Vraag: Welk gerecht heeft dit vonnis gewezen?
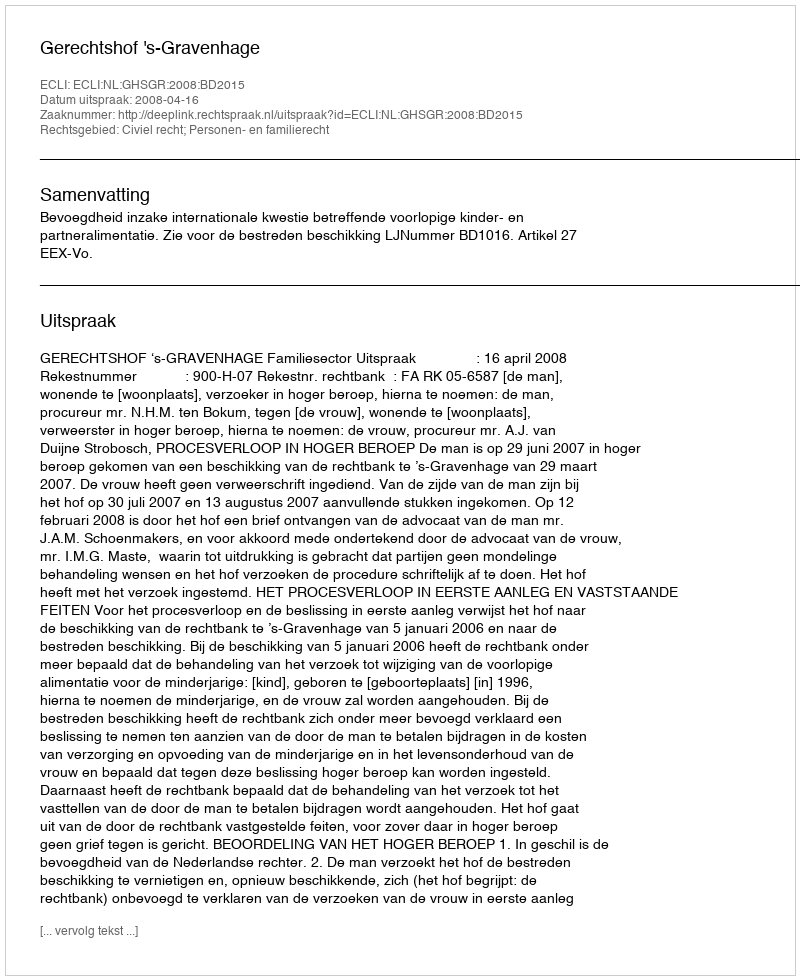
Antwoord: Gerechtshof 's-Gravenhage